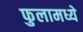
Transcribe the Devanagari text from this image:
फुलामध्ये